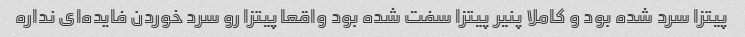
پیتزا سرد شده بود و کاملا پنیر پیتزا سفت شده بود واقعا پیتزا رو سرد خوردن فایده‌ای نداره